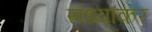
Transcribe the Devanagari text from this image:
संध्याकर